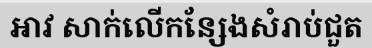
អាវ សាក់លើកន្សែងសំរាប់ជួត